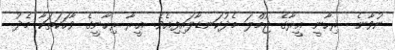
ނުވާނެ  ރިހާނީ ޢީރާގެ ޖުމްލަ މެދުކަނޑާލައިފިއެވެ. ޢީރާ ރިހާނީގެ ވާހަކަތަކާ މެދު